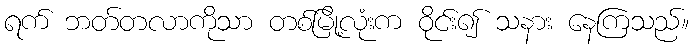
ရက် ဘတ်တလာကိုသာ တစ်မြို့လုံးက ဝိုင်း၍ သနား နေကြသည်။